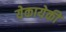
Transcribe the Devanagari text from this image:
येकायेकी